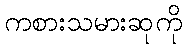
ကစားသမားဆုကို